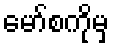
မော်စကိုမှ